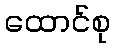
ထောင်စု